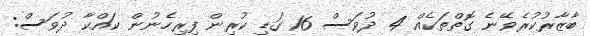
ބާޒާރުކުރެވޭނެ ގޮތްތަކެއް 4 ދުވަސް 16 ގަޑި ކުރިން ފިރިހެނުން ކައްކާ ދުވަސް: